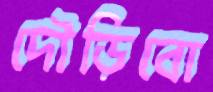
দৌড়িবো